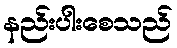
နည်းပါးစေသည်